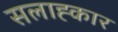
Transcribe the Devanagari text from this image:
सलाह्कार